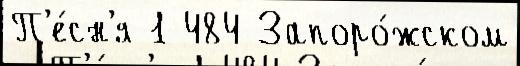
П'е́сн'я 1 484 Запоро́жском